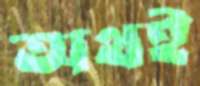
অথই